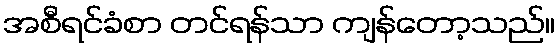
အစီရင်ခံစာ တင်ရန်သာ ကျန်တော့သည်။